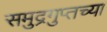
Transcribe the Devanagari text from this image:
समुद्रगुप्तच्या